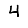
Digit: 4